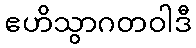
ဧဟိသွာဂတဝါဒီ